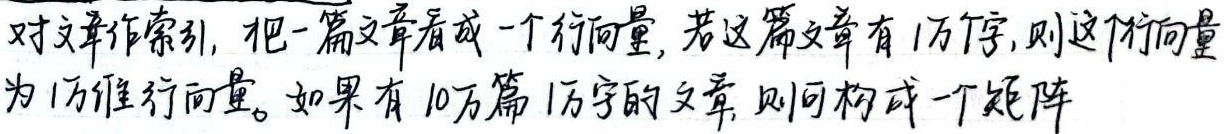
对文章作索引，把一篇文章看成一个行向量，若这篇文章有1万字，则这个行向量为1万维行向量。如果有10万篇1万字的文章，则可构成一个矩阵